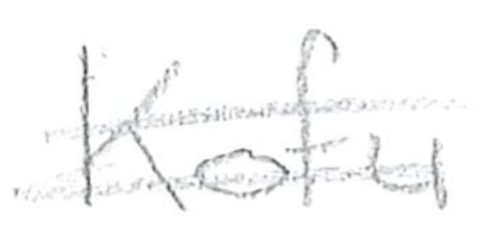
Text: Kofu
Cross-out: mix
Writing tool: pencil